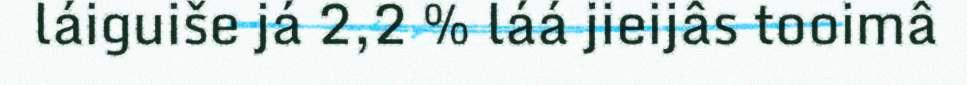
láiguiše já 2,2 % láá jieijâs tooimâ